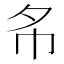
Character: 𢁟